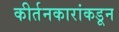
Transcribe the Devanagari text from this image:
कीर्तनकारांकडून